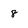
Character: 8